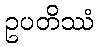
ဥပတိဿံ